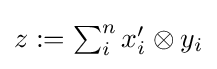
{\textstyle z:=\sum _{i}^{n}x_{i}'\otimes y_{i}}